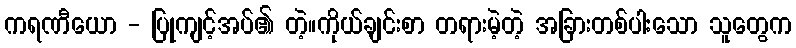
ကရဏီယော - ပြုကျင့်အပ်၏ တဲ့။ကိုယ်ချင်းစာ တရားမဲ့တဲ့ အခြားတစ်ပါးသော သူတွေက